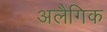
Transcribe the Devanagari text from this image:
अलैगिक